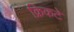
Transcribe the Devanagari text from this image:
क्रिकटे